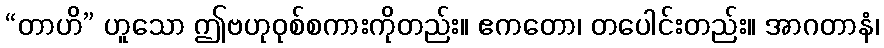
“တာဟိ” ဟူသော ဤဗဟုဝုစ်စကားကိုတည်း။ ဧကတော၊ တပေါင်းတည်း။ အာဂတာနံ၊